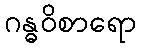
ဂန္ဓဝိစာရော